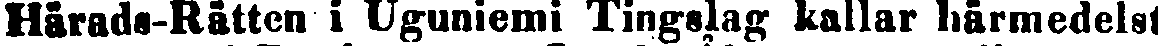
Härads-Rätten i Uguniemi Tingslag kallar härmedelst